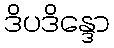
ဒိပဒိန္ဒော